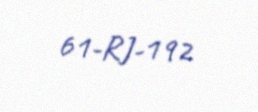
61-RJ-192